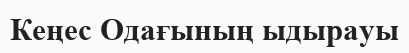
Кеңес Одағының ыдырауы